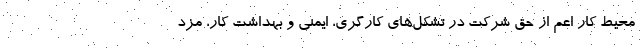
محیط کار اعم از حق شرکت در تشکل‌های کارگری، ایمنی و بهداشت کار، مزد